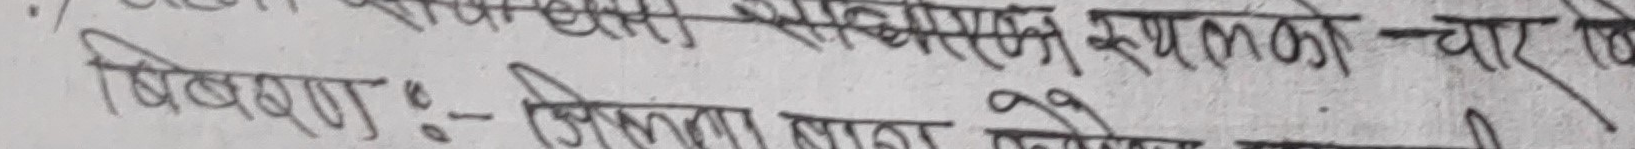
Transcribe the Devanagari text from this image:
विवरण :- जिल्ला मात